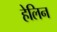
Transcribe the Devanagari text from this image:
हेलिन